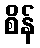
စိန်